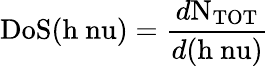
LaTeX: \mathrm{DoS({h\ nu})}=\frac{d\mathrm{N_{TOT}}}{d\mathrm{({h\ nu}})}